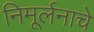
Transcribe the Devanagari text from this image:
निमूर्लनाचे